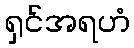
ရှင်အရဟံ